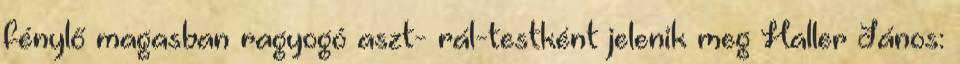
fénylő magasban ragyogó aszt- rál-testként jelenik meg Haller János: